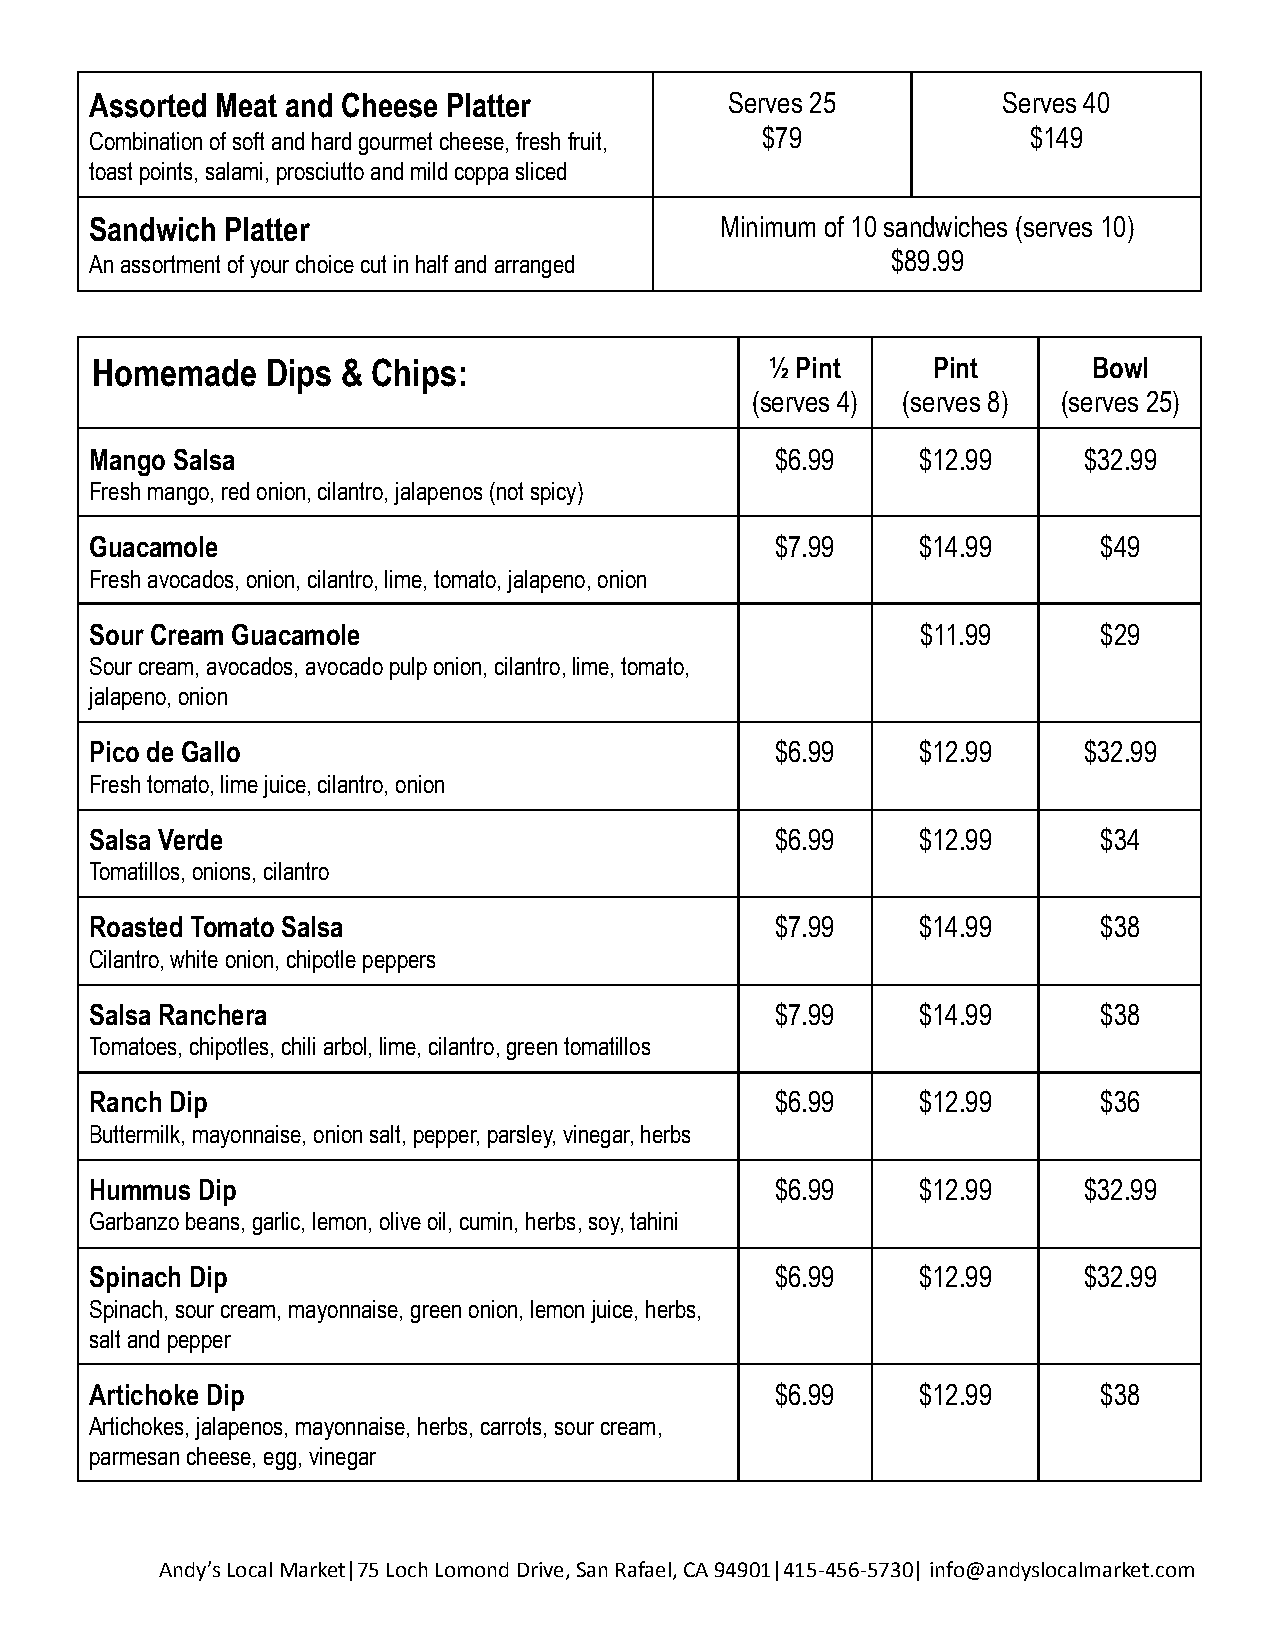
Assorted Meat and Cheese Platter          Serves 25         Serves 40
 Combination of soft and hard gourmet cheese, freshfruit, $79  $149
 toast points, salami, prosciutto and mild coppa sliced
 Sandwich Platter                          Minimum of 10 sandwiches (serves 10)
 An assortment of your choice cut in half and arranged $89.99
 Homemade    Dips & Chips:                    ½ Pint     Pint      Bowl
 (serves 4) (serves 8) (serves 25)
 Mango Salsa                                  $6.99     $12.99     $32.99
 Fresh mango, red onion, cilantro, jalapenos (not spicy)
 Guacamole                                    $7.99     $14.99      $49
 Fresh avocados, onion, cilantro, lime, tomato, jalapeno,onion
 Sour Cream Guacamole                                   $11.99      $29
 Sour cream, avocados, avocado pulp onion, cilantro,lime, tomato,
 jalapeno, onion
 Pico de Gallo                                $6.99     $12.99     $32.99
 Fresh tomato, lime juice, cilantro, onion
 Salsa Verde                                  $6.99     $12.99      $34
 Tomatillos, onions, cilantro
 Roasted Tomato Salsa                         $7.99     $14.99      $38
 Cilantro, white onion, chipotle peppers
 Salsa Ranchera                               $7.99     $14.99      $38
 Tomatoes, chipotles, chili arbol, lime, cilantro,green tomatillos
 Ranch Dip                                    $6.99     $12.99      $36
 Buttermilk, mayonnaise, onion salt, pepper, parsley,vinegar, herbs
 Hummus Dip                                   $6.99     $12.99     $32.99
 Garbanzo beans, garlic, lemon, olive oil, cumin, herbs,soy, tahini
 Spinach Dip                                  $6.99     $12.99     $32.99
 Spinach, sour cream, mayonnaise, green onion, lemonjuice, herbs,
 salt and pepper
 Artichoke Dip                                $6.99     $12.99      $38
 Artichokes, jalapenos, mayonnaise, herbs, carrots,sour cream,
 parmesan cheese, egg, vinegar
 Andy’s Local Market|75 Loch Lomond Drive, San Rafael,CA 94901|415-456-5730| info@andyslocalmarket.com